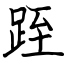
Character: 跮